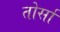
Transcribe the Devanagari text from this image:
तोर्सा